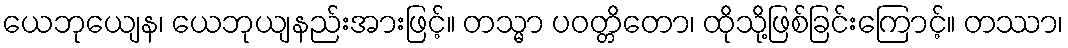
ယေဘုယျေန၊ ယေဘုယျနည်းအားဖြင့်။ တသ္မာ ပဝတ္တိတော၊ ထိုသို့ဖြစ်ခြင်းကြောင့်။ တဿာ၊